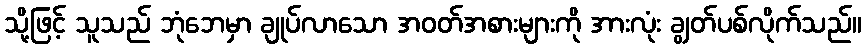
သို့ဖြင့် သူသည် ဘုံဘေမှာ ချုပ်လာသော အဝတ်အစားများကို အားလုံး ချွတ်ပစ်လိုက်သည်။